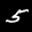
Label: 5